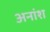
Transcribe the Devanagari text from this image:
अनांश